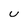
Character: U